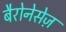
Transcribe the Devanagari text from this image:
बैरोनेसेज़